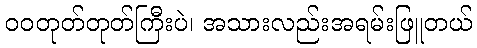
ဝဝတုတ်တုတ်ကြီးပဲ၊ အသားလည်းအရမ်းဖြူတယ်